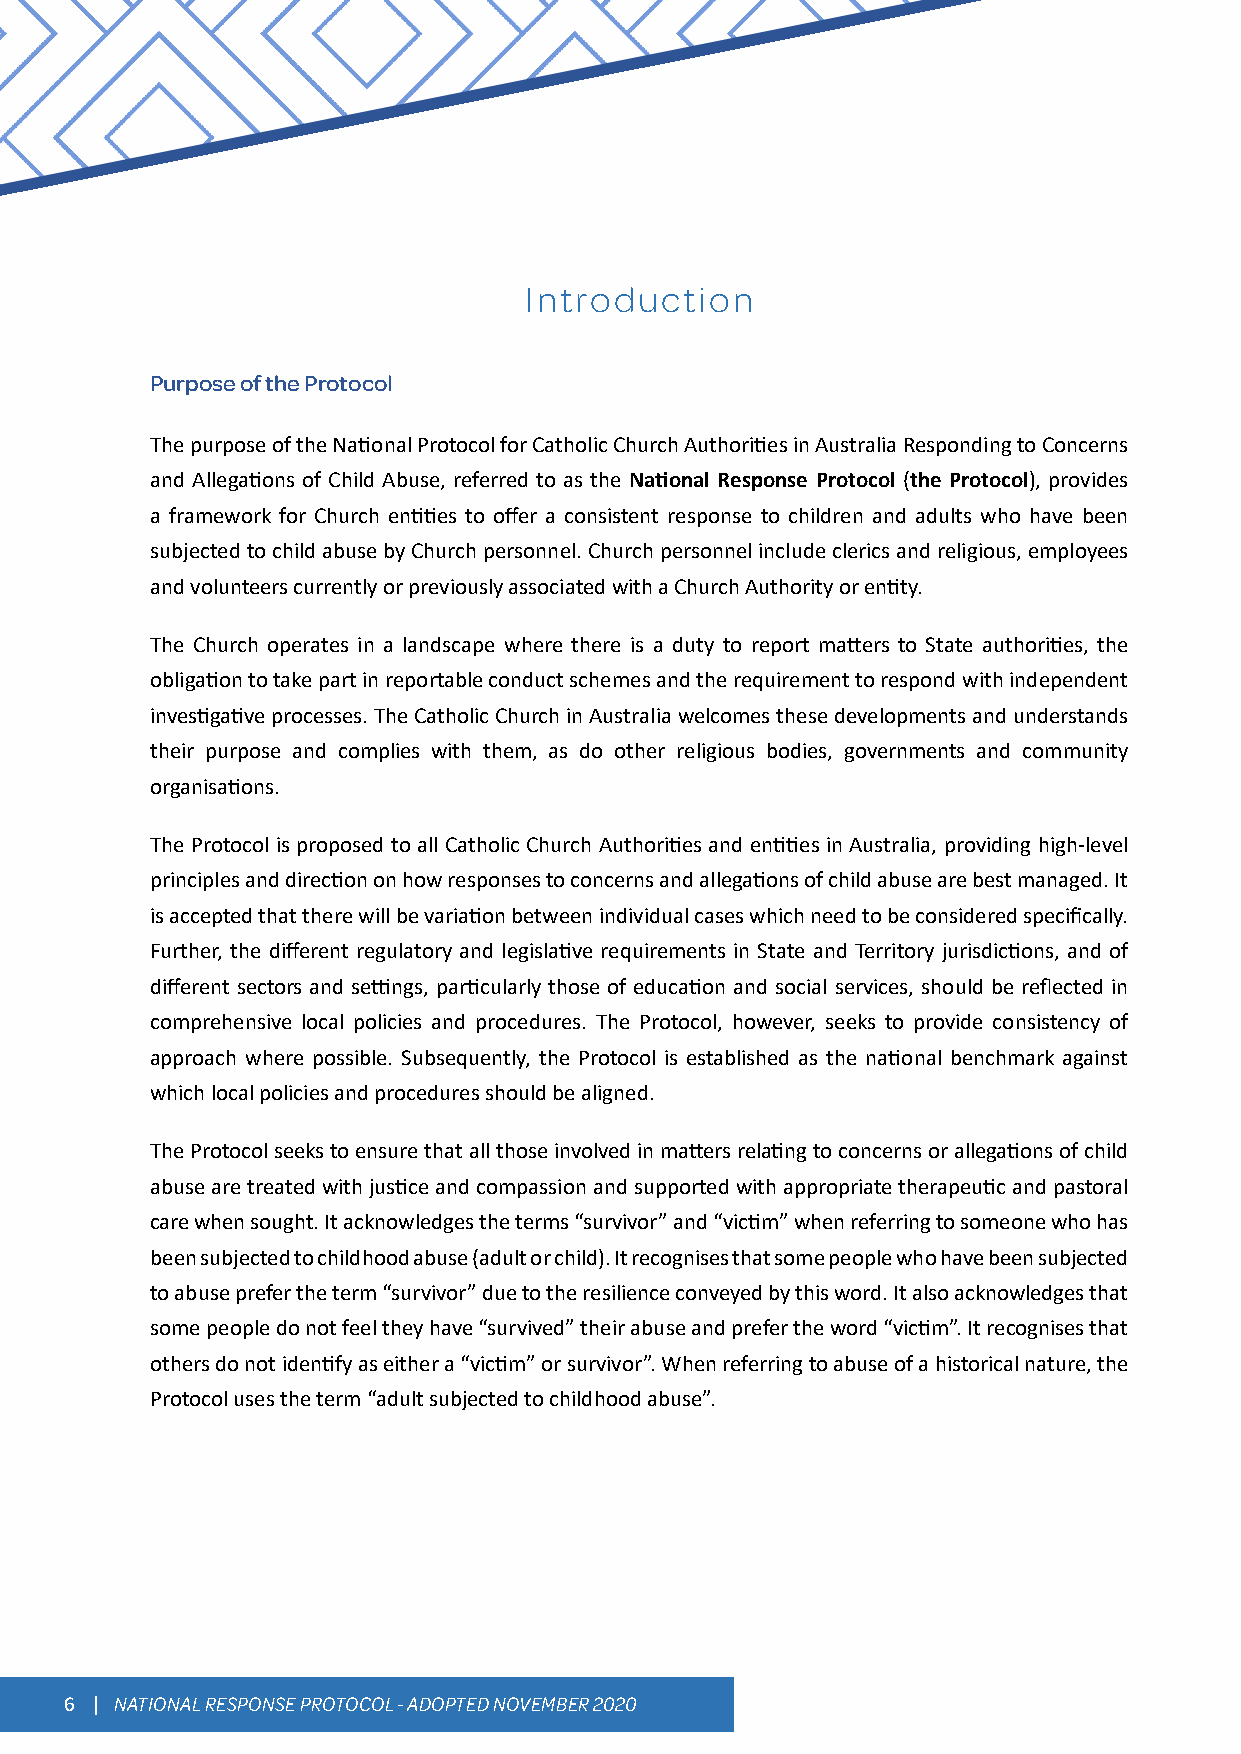
Introduction
 Purpose of the Protocol
 The purpose of the National Protocol for Catholic Church Authorities in Australia Responding to Concerns
 and Allegations of Child Abuse, referred to as the National Response Protocol (the Protocol), provides
 a framework for Church entities to offer a consistent response to children and adults who have been
 subjected to child abuse by Church personnel. Church personnel include clerics and religious, employees
 and volunteers currently or previously associated with a Church Authority or entity.
 The Church operates in a landscape where there is a duty to report matters to State authorities, the
 obligation to take part in reportable conduct schemes and the requirement to respond with independent
 investigative processes. The Catholic Church in Australia welcomes these developments and understands
 their purpose and complies with them, as do other religious bodies, governments and community
 organisations.
 The Protocol is proposed to all Catholic Church Authorities and entities in Australia, providing high-level
 principles and direction on how responses to concerns and allegations of child abuse are best managed. It
 is accepted that there will be variation between individual cases which need to be considered specifically.
 Further, the different regulatory and legislative requirements in State and Territory jurisdictions, and of
 different sectors and settings, particularly those of education and social services, should be reflected in
 comprehensive local policies and procedures. The Protocol, however, seeks to provide consistency of
 approach where possible. Subsequently, the Protocol is established as the national benchmark against
 which local policies and procedures should be aligned.
 The Protocol seeks to ensure that all those involved in matters relating to concerns or allegations of child
 abuse are treated with justice and compassion and supported with appropriate therapeutic and pastoral
 care when sought. It acknowledges the terms “survivor” and “victim” when referring to someone who has
 been subjected to childhood abuse (adult or child). It recognises that some people who have been subjected
 to abuse prefer the term “survivor” due to the resilience conveyed by this word. It also acknowledges that
 some people do not feel they have “survived” their abuse and prefer the word “victim”. It recognises that
 others do not identify as either a “victim” or survivor”. When referring to abuse of a historical nature, the
 Protocol uses the term “adult subjected to childhood abuse”.
 6 | NATIONAL RESPONSE PROTOCOL - ADOPTED NOVEMBER 2020